Report on the bubonic plague in Bombay, 1896-1897
Year: 1896
Disease focus: Plague
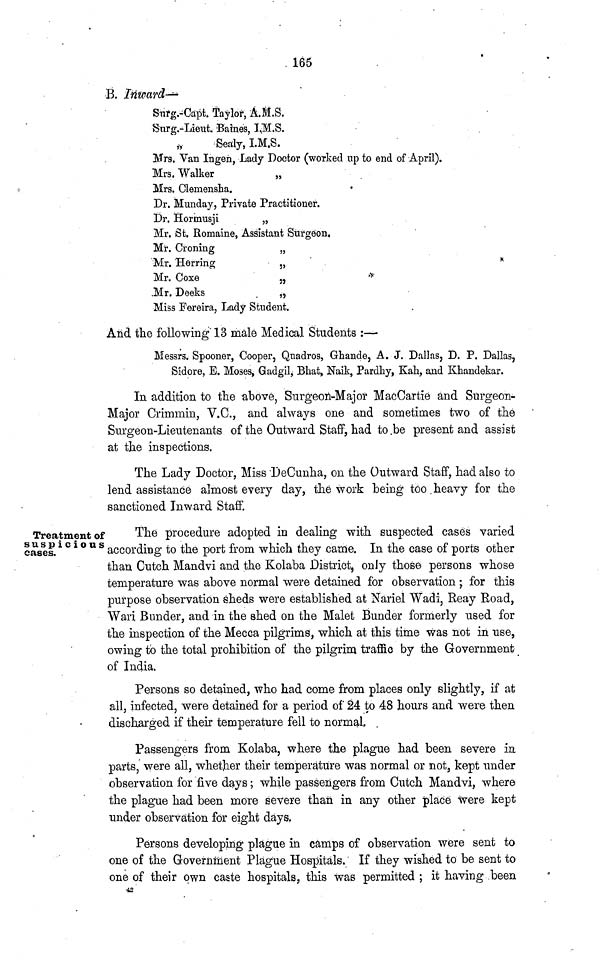
165
B. Inward-
Surg.-Capt. Taylor, A.M.S.
Surg.-Lieut Baines, I.M.S.
,,
Sealy, I.M.S.
Mrs. Van Ingen, Lady Doctor (worked up to end of April).
Mrs. Walker
„
Mrs. Clemensha.
Dr. Munday, Private Practitioner.
Dr. Hormusji
„
Mr. St. Romaine, Assistant Surgeon.
Mr. Croning
„
Mr. Herring
„
Mr. Coxe
„
Mr. Deeks
„
Miss Fereira, Lady Student.
And the following 13 male Medical Students :—
Messrs. Spooner, Cooper, Quadros, Ghande, A. J. Dallas, D. P. Dallas,
Sidore, E. Moses, Gadgil, Bhat, Naik, Pardhy, Kah, and Khandekar.
In addition to the above, Surgeon-Major MacCartie and Surgeon-
Major Crimmin, V.C., and always one and sometimes two of the
Surgeon-Lieutenants of the Outward Staff, had to be present and assist
at the inspections.
The Lady Doctor, Miss DeCunha, on the Outward Staff, had also to
lend assistance almost every day, the work being too. heavy for the
sanctioned Inward Staff.
Treatment of
suspicious
cases.
The procedure adopted in dealing with suspected cases varied
according to the port from which they came. In the case of ports other
than Cutch Mandvi and the Kolaba District, only those persons whose
temperature was above normal were detained for observation; for this
purpose observation sheds were established at Nariel Wadi, Reay Road,
Wari Bunder, and in the shed on the Malet Bunder formerly used for
the inspection of the Mecca pilgrims, which at this time was not in use,
owing to the total prohibition of the pilgrim traffic by the Government
of India.
Persons so detained, who had come from places only slightly, if at
all, infected, were detained for a period of 24 to 48 hours and were then
discharged if their temperature fell to normal.
Passengers from Kolaba, where the plague had been severe in
parts, were all, whether their temperature was normal or not, kept under
observation for five days ; while passengers from Cutch Mandvi, where
the plague had been more severe than in any other place were kept
under observation for eight days.
Persons developing plague in camps of observation were sent to
one of the Government Plague Hospitals. If they wished to be sent to
one of their own caste hospitals, this was permitted ; it having been
42